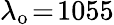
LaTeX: \lambda_{\mathrm{o}}\! =\! 1055